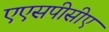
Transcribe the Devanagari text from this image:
एएसपीसीए